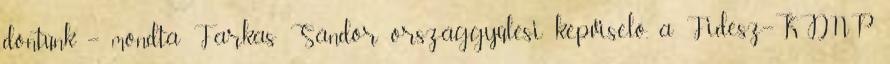
döntünk – mondta Farkas Sándor országgyűlési képviselő, a Fidesz–KDNP